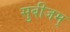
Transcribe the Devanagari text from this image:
सुबीजम्